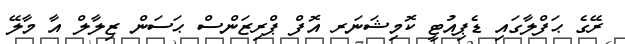
ރޭގެ ޙަފްލާގައި ޑެޕިއުޓީ ކޮމިޝަނަރ އޮފް ޕްރިޒަންސް ޙަސަން ޒިލާލް އާ މާލޭ